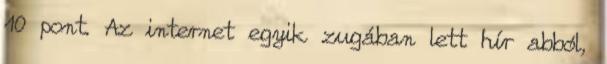
10 pont. Az internet egyik zugában lett hír abból,